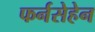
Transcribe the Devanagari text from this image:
फर्नसेहेन